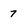
Character: 7